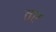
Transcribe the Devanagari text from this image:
तए